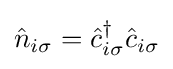
{\hat {n}}_{i\sigma }={\hat {c}}_{i\sigma }^{\dagger }{\hat {c}}_{i\sigma }